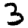
Digit: 3